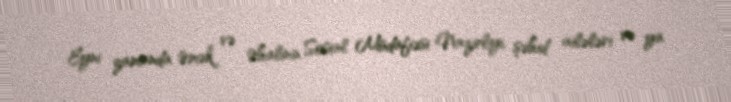
Eyni zamanda Əmək və Əhalinin Sosial Müdafiəsi Nazirliyi, şəhid ailələri və ya